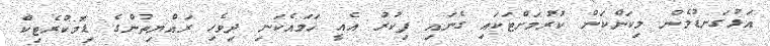
އަޅުގަނޑުމެން މިކަންކަން ކުރުމަށްޓަކައި ގެނައި ފިކުރު އެއީ ހަމައެކަނި ދިވެހި ރައްޔިތުންގެ ޑިމޮކްރެޓިކް